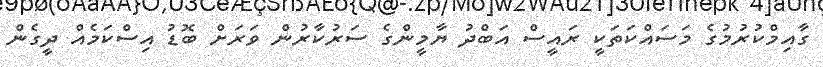
ގާއިމްކުރުމުގެ މަސައްކަތަކީ ރައީސް އަބްދު ޔާމީންގެ ސަރުކާރުން ވަރަށް ބޮޑު އިސްކަމެއް ދީގެން